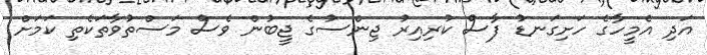
އަދި އެމީހާގެ ހަށިގަނޑު ފާސް ކުރިއިރު ޖިންސުގެ ޖީބުން ވެސް މަސްތުވާތަކެތި ކަމަށް